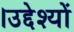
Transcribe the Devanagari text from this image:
।उद्देश्यों